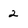
Character: 2